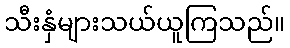
သီးနှံများသယ်ယူကြသည်။